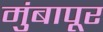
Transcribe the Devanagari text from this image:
मुंबापूर